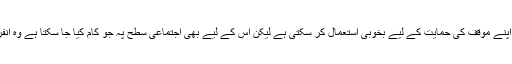
ایسے میں مسلم دنیا اس ردِ عمل کو اپنے موقف کی حمایت کے لیے بخوبی استعمال کر سکتی ہے لیکن اس کے لیے بھی اجتماعی سطح پہ جو کام کیا جا سکتا ہے وہ انفرادی سطحوں پہ مؤثر نہیں ہو سکتا۔